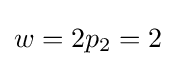
w=2p_{2}=2